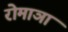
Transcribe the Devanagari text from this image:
रोमाञा